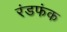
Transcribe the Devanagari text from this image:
रंडफंक